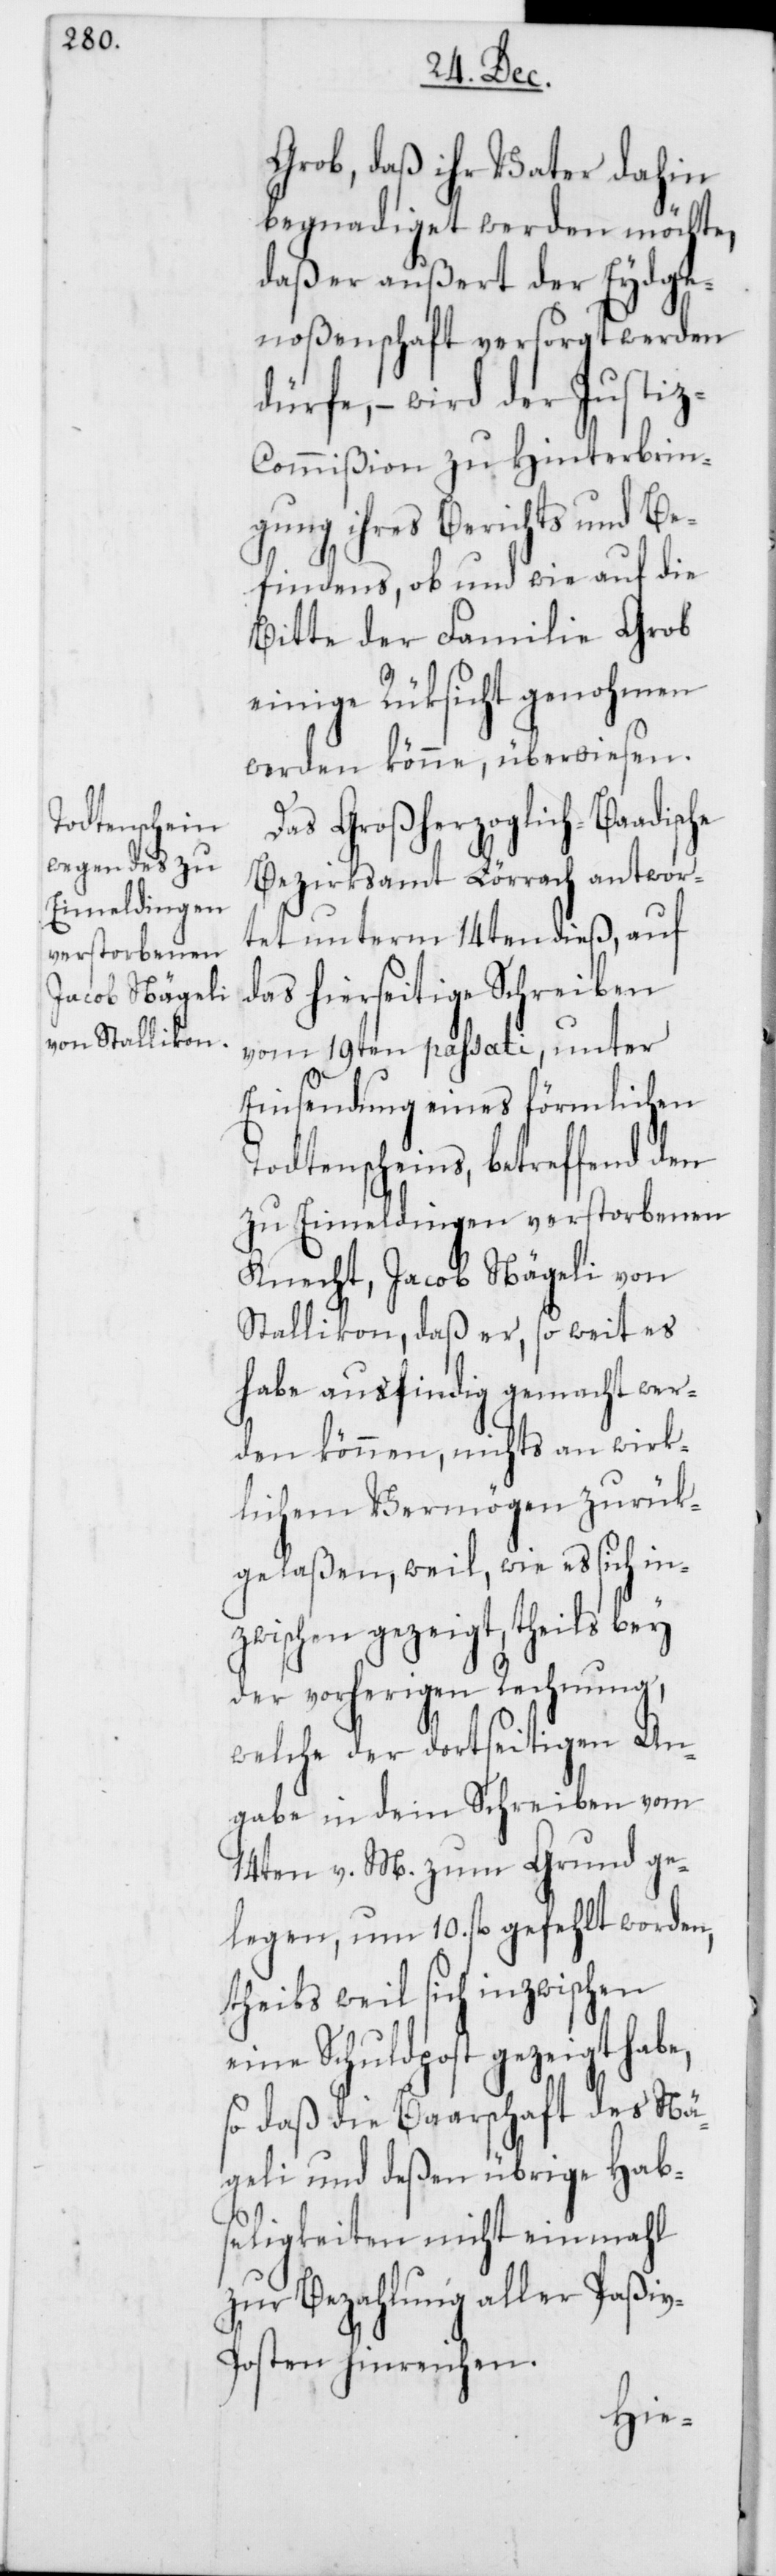
Grob, daß ihr Vater dahin
begnadiget werden möchte,
daß er außert der Eydsge¬
noßenschaft versorgt werden
dürfe, – wird der Justi¬
z-Commißion zu Hinterbrin¬
gung ihres Berichts und Be¬
findens, ob und wie auf die
Bitte der Familie Grob
einige Rüksicht genohmen
werden könne, überwiesen.
Das Großherzoglich-Baadische
Bezirksamt Lörrach antwor¬
tet unterm 14ten dieß, auf
das hierseitige Schreiben
vom 19ten passati, unter
Einsendung eines förmlichen
Todtenscheins, betreffend den
zu Eimeldingen verstorbenen
Knecht, Jacob Nägeli von
Stallikon, daß er, so weit es
habe ausfindig gemacht wer¬
den können, nichts an wirk¬
lichem Vermögen zurük¬
gelaßen, weil, wie es sich in¬
zwischen gezeigt, theils bey
der vorherigen Rechnung,
welche der dortseitigen An¬
gabe in dem Schreiben vom
14ten v. M. zum Grund ge¬
legen, um 10. fl. gefehlt worden,
theils weil sich inzwischen
eine Schuldpost gezeigt
so daß die Baarschaft des Nä¬
geli und deßen übrige Hab¬
seligkeiten nicht einmahl
zur Bezahlung aller Paßi¬
v-Posten hinreichen.